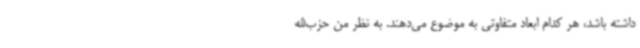
داشته باشد، هر کدام ابعاد متفاوتی به موضوع می‌دهند. به نظر من حزب‌الله